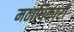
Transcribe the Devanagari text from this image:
मठाधिकारी